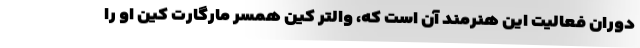
دوران فعالیت این هنرمند آن است که، والتر کین همسر مارگارت کین او را